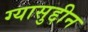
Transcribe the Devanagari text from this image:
ग्यासुद्दीन